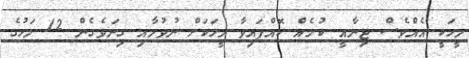
މީހަކީ އެއްވެސް ޖިނާއީ ކުށެއް ކޮއްފައިވާ މީހަކަށް ނުވުމާއި ގިނަވެގެން 12 މަހުގެ